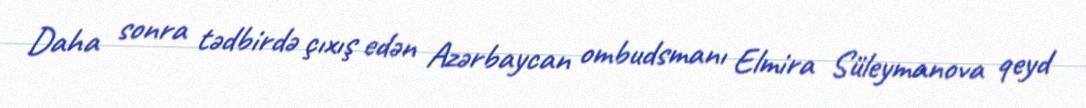
Daha sonra tədbirdə çıxış edən Azərbaycan ombudsmanı Elmira Süleymanova qeyd